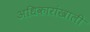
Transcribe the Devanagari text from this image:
अधिकारांखाली